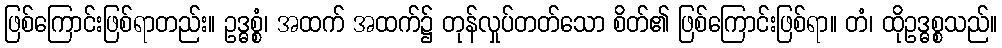
ဖြစ်ကြောင်းဖြစ်ရာတည်း။ ဥဒ္ဓစ္စံ၊ အထက် အထက်၌ တုန်လှုပ်တတ်သော စိတ်၏ ဖြစ်ကြောင်းဖြစ်ရာ။ တံ၊ ထိုဥဒ္ဓစ္စသည်။